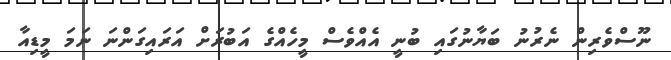
ނޫސްވެރިން ނެރުނު ބަޔާނުގައި ބުނީ އެއްވެސް މީހެއްގެ އަބުރަށް އަރައިގަންނަ ނަމަ މީޑިއާ